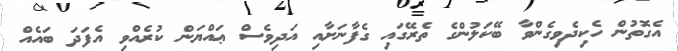
އެގޮތުން ހެކިދެވިގެންވާ ބޭކަލުންގެ ތެރޭގައި ގެފާނަށާއި އަދިވެސް ޢައްޔަން ކުރެއްވި އެފަދަ ބައެއް